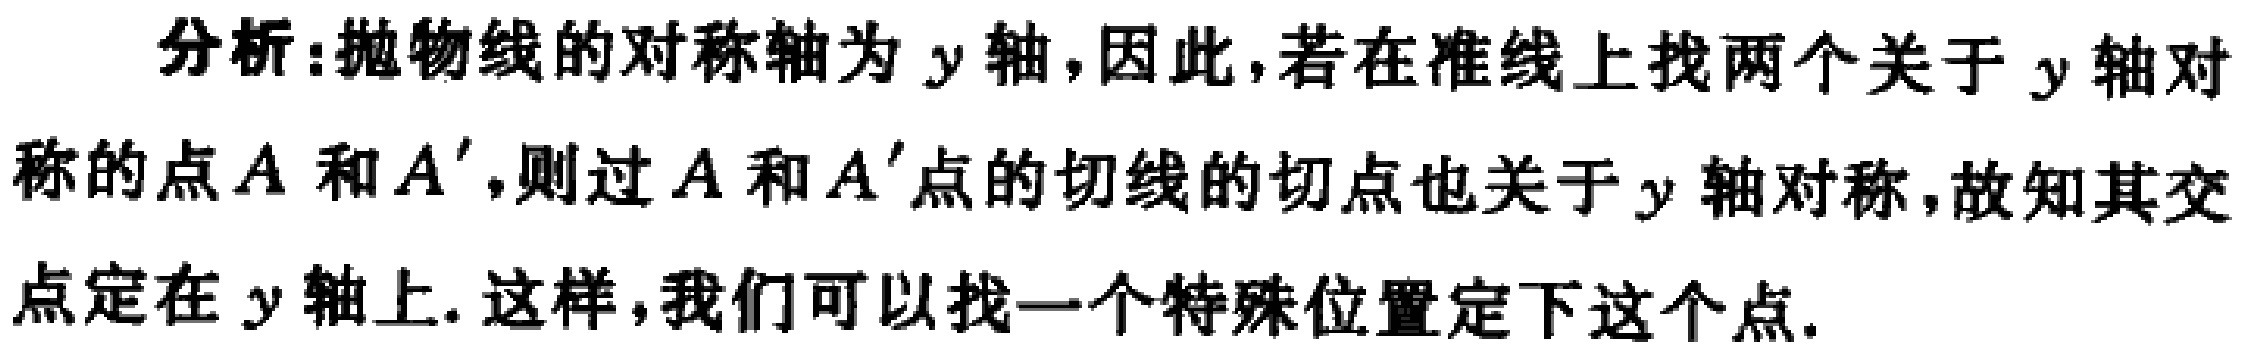
分析:抛物线的对称轴为\(y\)轴,因此,若在准线上找两个关于\(y\)轴对称的点\(A\)和\(A'\),则过\(A\)和\(A'\)点的切线的切点也关于\(y\)轴对称,故知其交点定在\(y\)轴上. 这样,我们可以找一个特殊位置定下这个点.